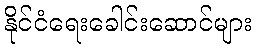
နိုင်ငံရေးခေါင်းဆောင်များ